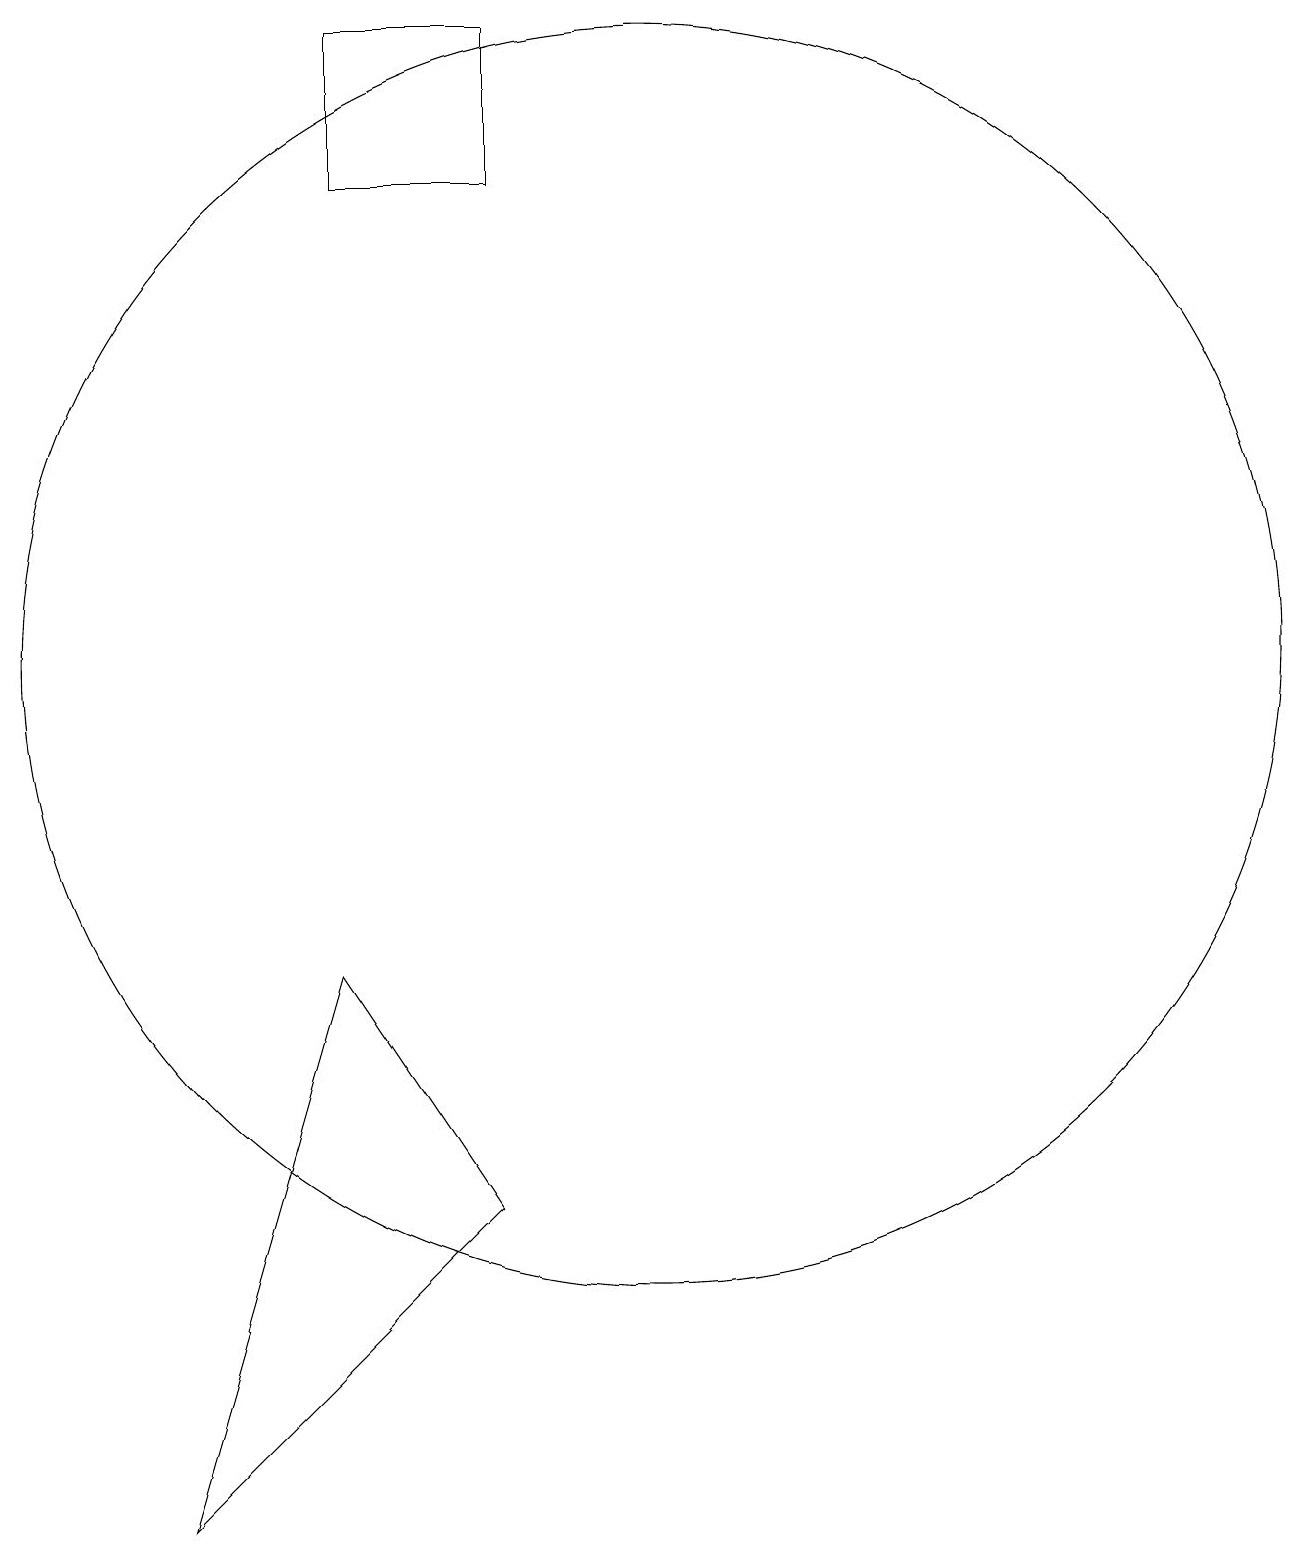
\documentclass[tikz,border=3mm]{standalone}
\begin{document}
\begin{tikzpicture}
\draw (10,11) circle (8);
\draw (8,4) -- (4,0) -- (6,7) -- cycle;
\draw (6,17) rectangle (8,19);
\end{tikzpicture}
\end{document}